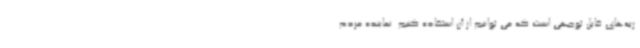
ربه‌های قابل توجهی است که می توانیم از آن استفاده کنیم. نماینده مردم